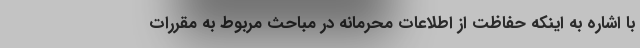
با اشاره به اینکه حفاظت از اطلاعات محرمانه در مباحث مربوط به مقررات